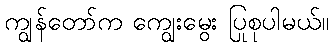
ကျွန်တော်က ကျွေးမွေး ပြုစုပါမယ်။